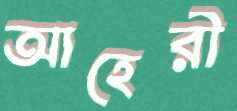
আহেরী